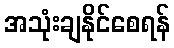
အသုံးချနိုင်စေရန်